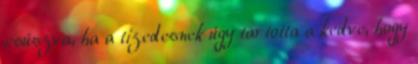
csúszva, ha a tizedesnek úgy tartotta a kedve, hogy